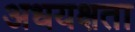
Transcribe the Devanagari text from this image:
अधयक्षता